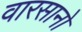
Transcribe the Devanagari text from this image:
वारसानो